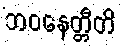
ဘဝနေတ္တီတိ